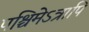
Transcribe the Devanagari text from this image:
पश्चिमेऽत्रापि